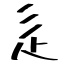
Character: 辵